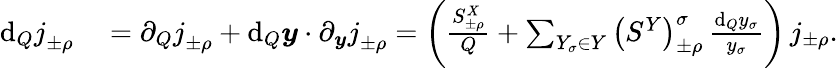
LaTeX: \begin{array}{rl}{\mathrm{d}_{Q}j_{\pm\rho}^{\mathrm{~\, ~}}}&{{}=\partial_{Q}j_{\pm\rho}^{\mathrm{~\, ~}}+\mathrm{d}_{Q}\boldsymbol{y}\cdot\partial_{\boldsymbol{y}}j_{\pm\rho}^{\mathrm{~\, ~}}=\left(\frac{S_{\pm\rho}^{X}}{Q}+\sum_{Y_{\sigma}\in Y}\left({S^{Y}}\right)_{\pm\rho}^{\sigma}\, \frac{\mathrm{d}_{Q}y_{\sigma}}{y_{\sigma}}\right)\, j_{\pm\rho}.}\end{array}